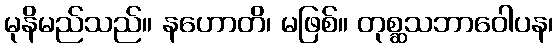
မုနိမည်သည်။ နဟောတိ၊ မဖြစ်။ တုစ္ဆသဘာဝေါပန၊